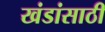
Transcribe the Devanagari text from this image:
खंडांसाठी